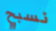
نسبح